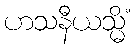
ဟသနီယသ္မိံ